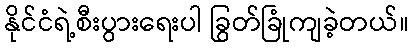
နိုင်ငံရဲ့စီးပွားရေးပါ ခြွတ်ခြုံကျခဲ့တယ်။